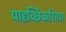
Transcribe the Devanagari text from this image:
यादृच्छिकरित्या